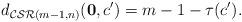
LaTeX: \begin{align*}d_{\mathcal{CSR}(m-1,n)}(\mathbf{0},c')=m-1-\tau(c').\end{align*}